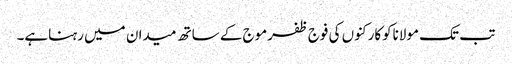
تب تک مولاناکوکارکنوں کی فوج ظفرموج کے ساتھ میدان میں رہناہے۔